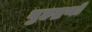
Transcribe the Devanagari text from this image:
बुहद्रथों